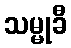
သမ္မုခီ